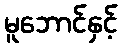
မူဘောင်နှင့်